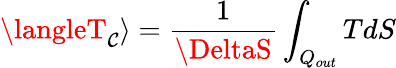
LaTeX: \langleT_{\mathcal{C}}\rangle={\frac{{1}}{{\DeltaS}}}\int_{Q_{out}}TdS